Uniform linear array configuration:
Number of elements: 12
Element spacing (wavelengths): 0.25
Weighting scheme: kaiser
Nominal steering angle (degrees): -30
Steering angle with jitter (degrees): -30.232
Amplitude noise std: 0.05
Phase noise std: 0.05

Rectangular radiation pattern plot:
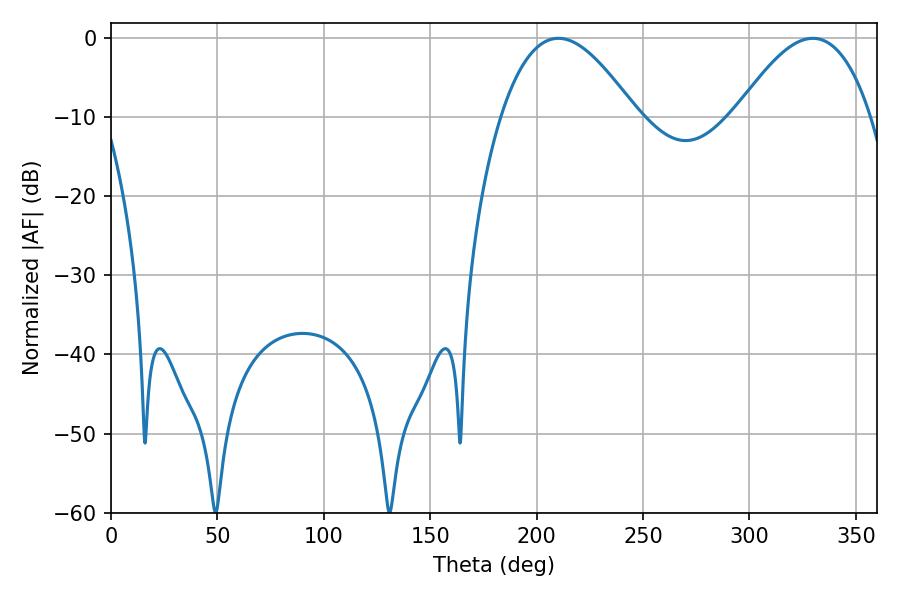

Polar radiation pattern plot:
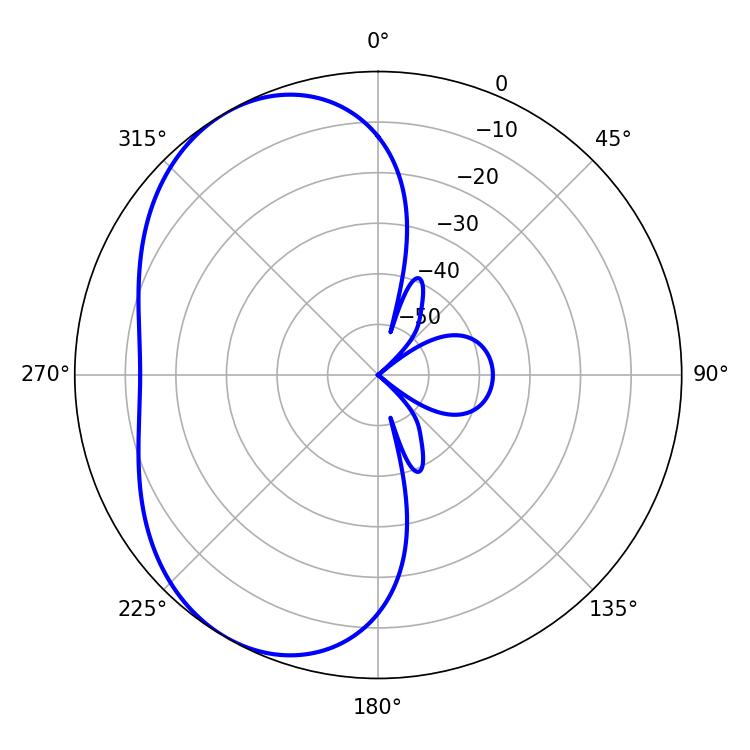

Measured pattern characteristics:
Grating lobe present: FALSE
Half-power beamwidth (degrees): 34.56
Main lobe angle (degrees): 210.24